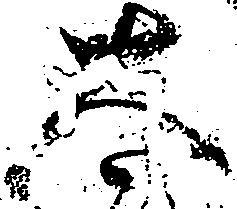
太